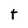
Character: t